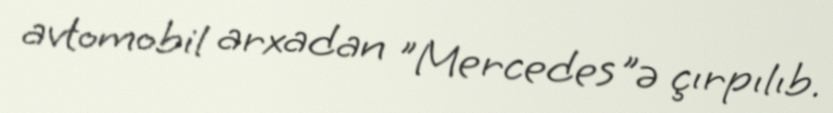
avtomobil arxadan "Mercedes"ə çırpılıb.